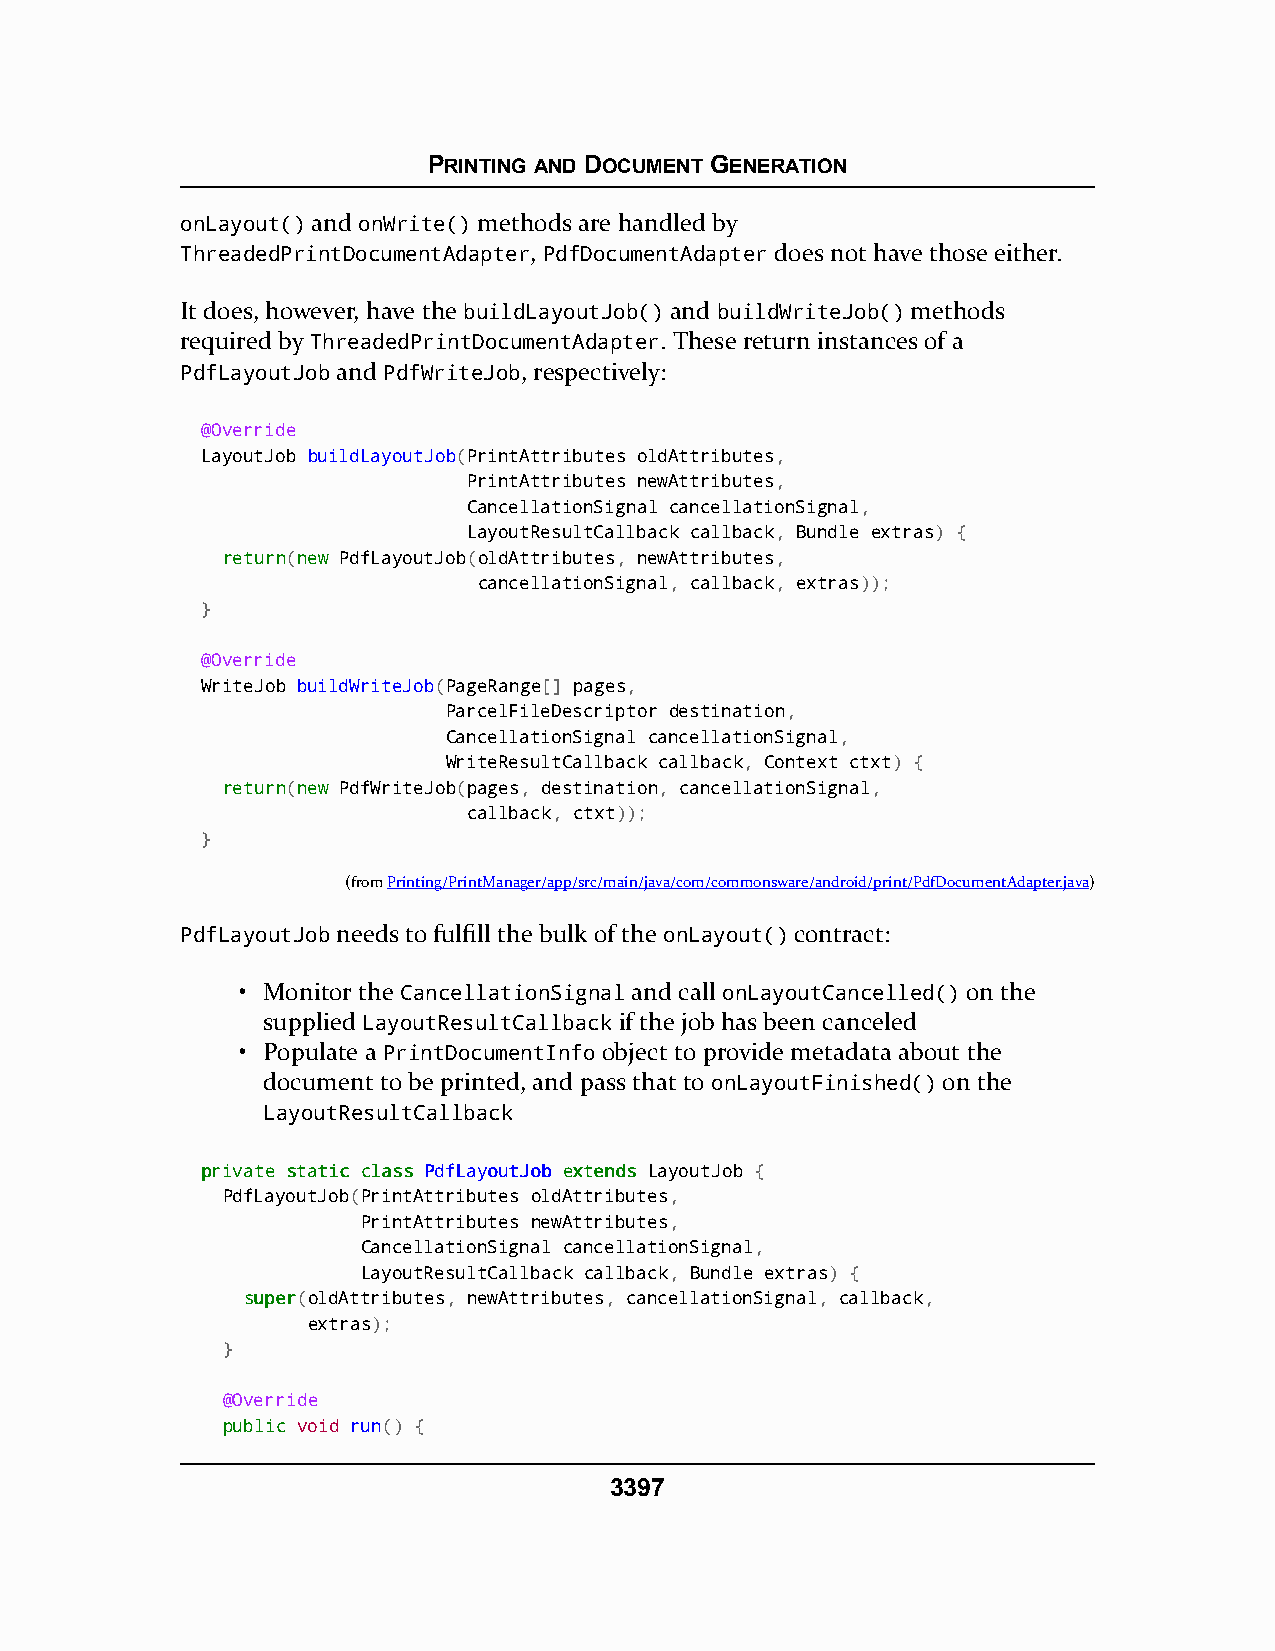
PRINTING AND DOCUMENT GENERATION
 onLayout() and onWrite() methods are handled by
 ThreadedPrintDocumentAdapter, PdfDocumentAdapter does not have those either.
 It does, however, have the buildLayoutJob() and buildWriteJob() methods
 required by ThreadedPrintDocumentAdapter. These return instances of a
 PdfLayoutJob and PdfWriteJob, respectively:
 @Override
 LayoutJob buildLayoutJob(PrintAttributes oldAttributes,
 PrintAttributes newAttributes,
 CancellationSignal cancellationSignal,
 LayoutResultCallback callback, Bundle extras) {
 rreettuurrnn(nneeww PdfLayoutJob(oldAttributes, newAttributes,
 cancellationSignal, callback, extras));
 }
 @Override
 WriteJob buildWriteJob(PageRange[] pages,
 ParcelFileDescriptor destination,
 CancellationSignal cancellationSignal,
 WriteResultCallback callback, Context ctxt) {
 rreettuurrnn(nneeww PdfWriteJob(pages, destination, cancellationSignal,
 callback, ctxt));
 }
 (fromPrinting/PrintManager/app/src/main/java/com/commonsware/android/print/PdfDocumentAdapter.java)
 PdfLayoutJob needs to fulfill the bulk of the onLayout() contract:
 • Monitor the CancellationSignal and call onLayoutCancelled() on the
 supplied LayoutResultCallback if the job has been canceled
 • Populate a PrintDocumentInfo object to provide metadata about the
 document to be printed, and pass that to onLayoutFinished() on the
 LayoutResultCallback
 pprriivvaattee ssttaattiicc ccllaassss PPddffLLaayyoouuttJJoobb eexxtteennddss LayoutJob {
 PdfLayoutJob(PrintAttributes oldAttributes,
 PrintAttributes newAttributes,
 CancellationSignal cancellationSignal,
 LayoutResultCallback callback, Bundle extras) {
 ssuuppeerr(oldAttributes, newAttributes, cancellationSignal, callback,
 extras);
 }
 @Override
 ppuubblliicc void run() {
 3397